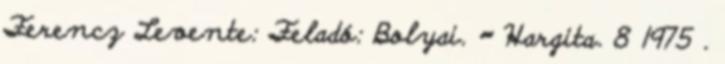
Ferencz Levente: Feladó: Bolyai. = Hargita. 8 1975 .